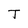
Character: T